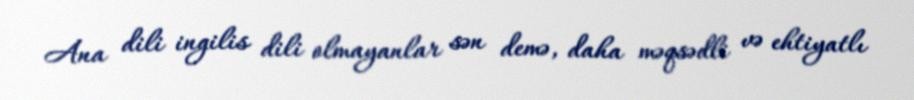
Ana dili ingilis dili olmayanlar sən demə, daha məqsədli və ehtiyatlı